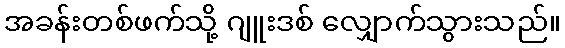
အခန်းတစ်ဖက်သို့ ဂျူးဒစ် လျှောက်သွားသည်။